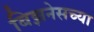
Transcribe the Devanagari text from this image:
बिझनेसच्या